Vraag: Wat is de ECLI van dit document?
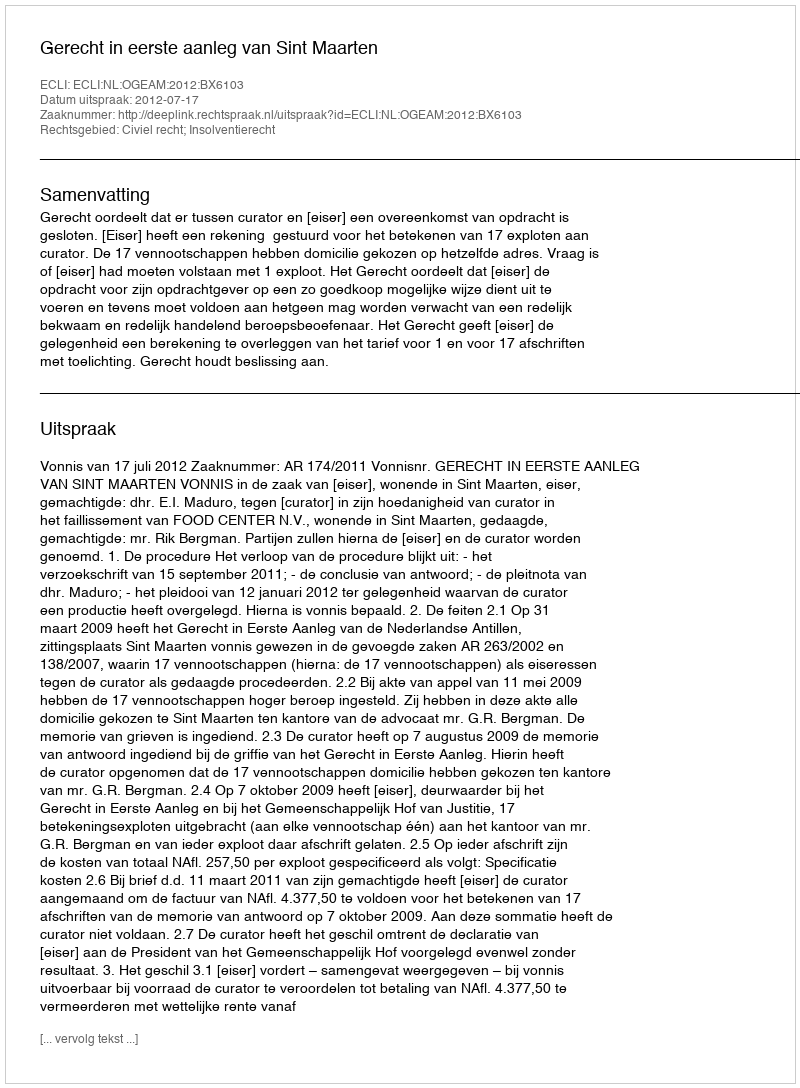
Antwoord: ECLI:NL:OGEAM:2012:BX6103